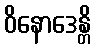
ဝိနောဒေန္တိ